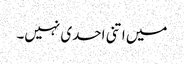
میں اتنی احدی نہیں۔